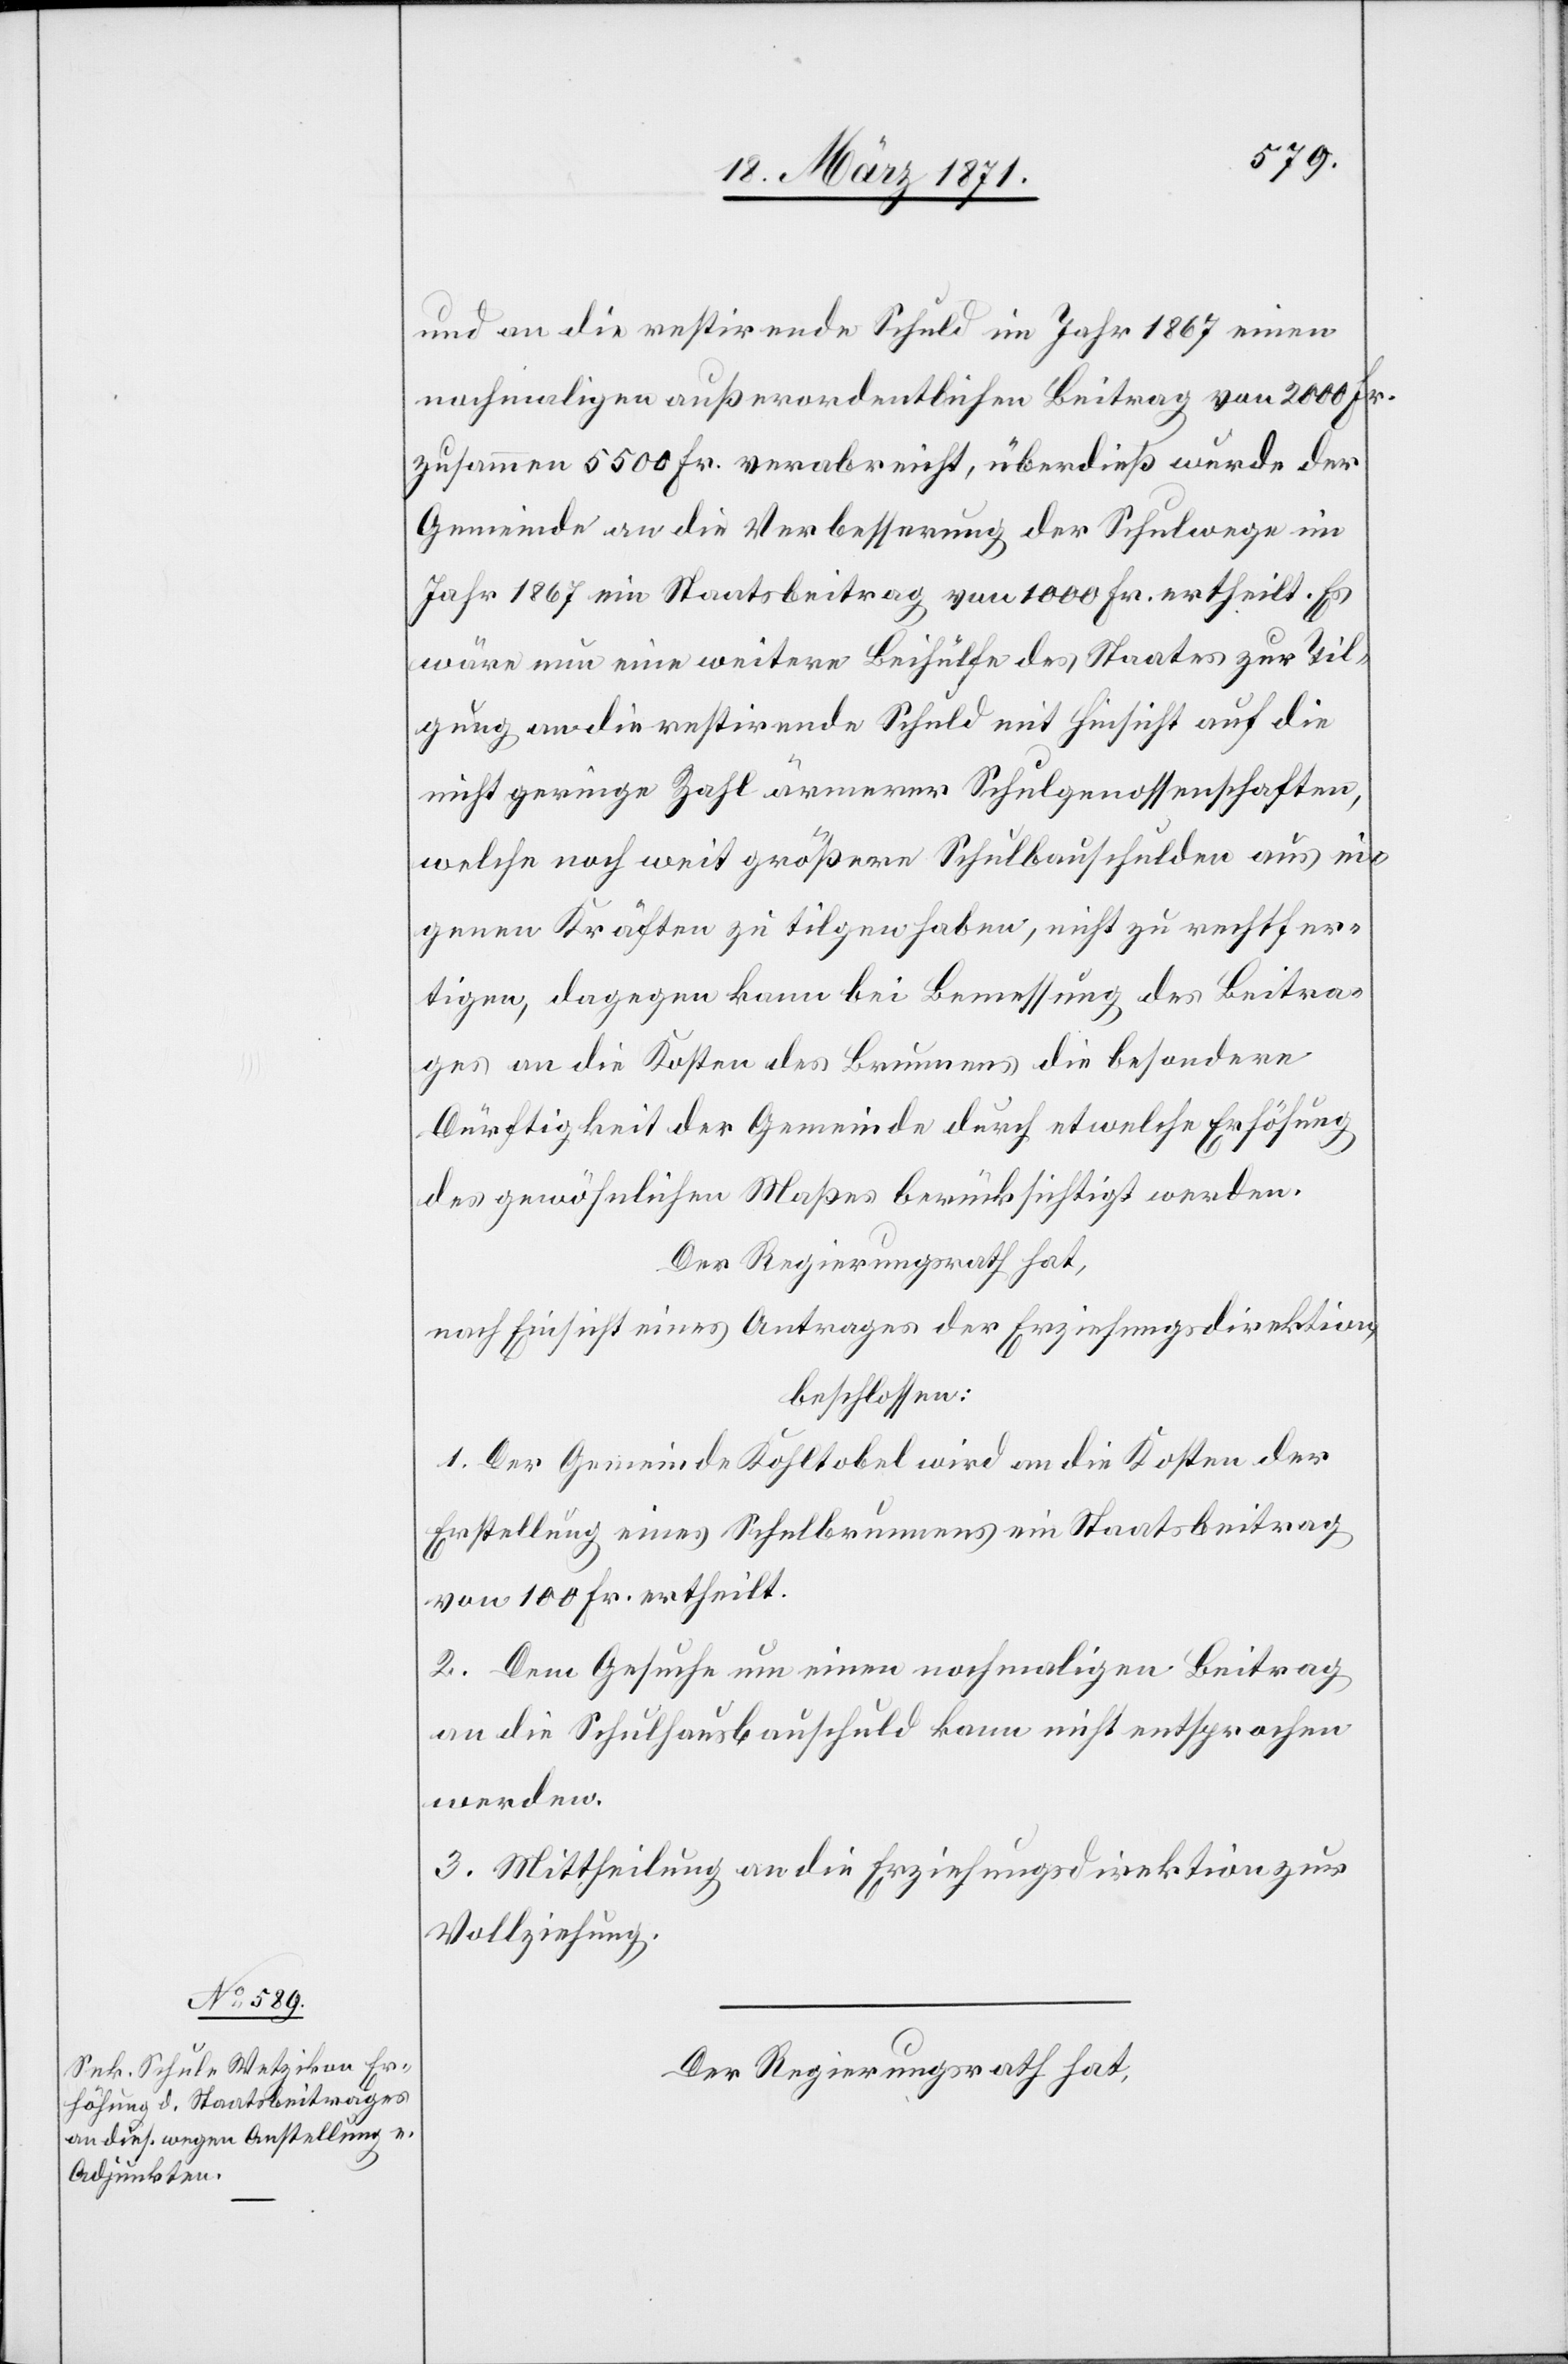
und an die restirende Schuld im Jahr 1867 einen
nochmaligen außerordentlichen Beitrag von 2000 Fr.
zusammen 5500 Fr. verabreicht, überdieß wurde der
Gemeinde an die Verbesserung der Schulwege im
Jahr 1867 ein Staatsbeitrag von 1000 Fr. ertheilt. Es
wäre nun eine weitere Beihülfe des Staates zur Til¬
gung an die restirende Schuld mit Hinsicht auf die
nicht geringe Zahl ärmerer Schulgenossenschaften,
welche noch weit größere Schulbauschulden aus ei¬
genen Kräften zu tilgen haben, nicht zu rechtfer¬
tigen, dagegen kann bei Bemessung des Beitra¬
ges an die Kosten des Brunnens die besondere
Dürftigkeit der Gemeinde durch etwelche Erhöhung
des gewöhnlichen Maßes berücksichtigt werden.
Der Regierungsrath hat,
nach Einsicht eines Antrages der Erziehungsdirektion,
beschlossen:
1. Der Gemeinde Kohltobel wird an die Kosten der
Erstellung eines Schulbrunnens ein Staatsbeitrag
von 100 Fr. ertheilt.
2. Dem Gesuche um einen nochmaligen Beitrag
an die Schulhausbauschuld kann nicht entsprochen
werden.
3. Mittheilung an die Erziehungsdirektion zur
Vollziehung.
Der Regierungsrath hat,